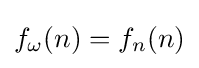
f_{\omega }(n)=f_{n}(n)